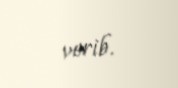
verib.